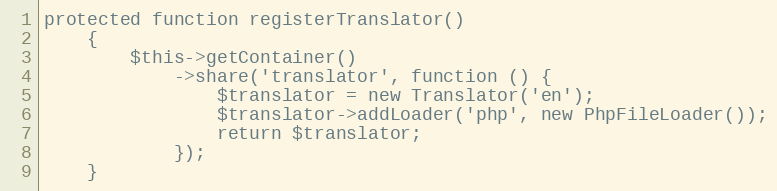
Language: PHP
protected function registerTranslator()
    {
        $this->getContainer()
            ->share('translator', function () {
                $translator = new Translator('en');
                $translator->addLoader('php', new PhpFileLoader());
                return $translator;
            });
    }